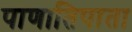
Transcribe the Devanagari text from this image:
पाणातिपाता